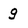
Character: g